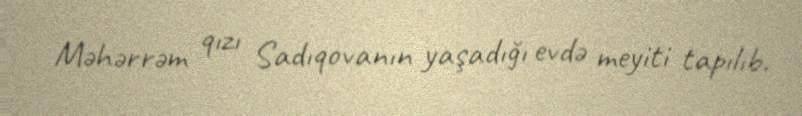
Məhərrəm qızı Sadıqovanın yaşadığı evdə meyiti tapılıb.